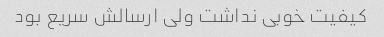
کیفیت خوبی نداشت ولی ارسالش سریع بود